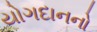
યોગદાનનો